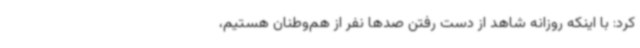
کرد: با اینکه روزانه شاهد از دست رفتن صدها نفر از هم‌وطنان هستیم،